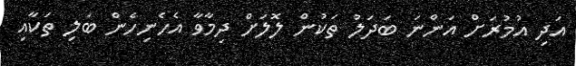
އަދި އުމުރަށް އަންނަ ބަދަލު ތަކުން ލޮލަށް ދިމާވާ އެހެނިހެން ބަލި ތަކާއި